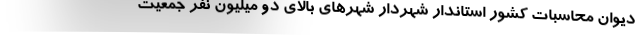
دیوان محاسبات کشور استاندار شهردار شهرهای بالای دو میلیون نفر جمعیت